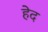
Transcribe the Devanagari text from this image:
हेद